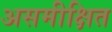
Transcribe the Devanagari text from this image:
असमीक्षित